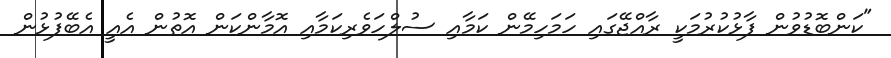
"ކަންބޮޑުވުން ފާޅުކުރުމަކީ ރާއްޖޭގައި ހަމަހިމޭން ކަމާއި ސުލްހަވެރިކަމާއި އޮމާންކަން އޮތުން އެއީ އެބޭފުޅުން